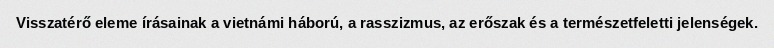
Visszatérő eleme írásainak a vietnámi háború, a rasszizmus, az erőszak és a természetfeletti jelenségek.